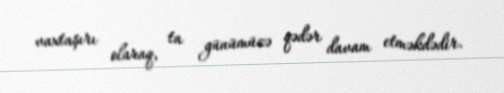
vaxtaşırı olaraq, ta günümüzə qədər davam etməkdədir.